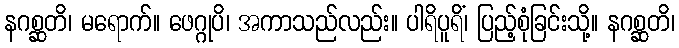
နဂစ္ဆတိ၊ မရောက်။ ဖေဂ္ဂုပိ၊ အကာသည်လည်း။ ပါရိပူရိံ၊ ပြည့်စုံခြင်းသို့။ နဂစ္ဆတိ၊